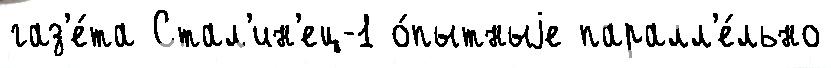
газ'е́та Стал'ин'ец-1 о́пытныjе паралл'е́льно